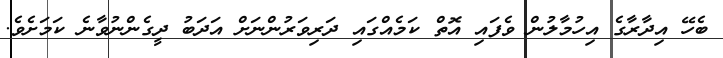
ބެހޭ އިދާރާގެ އިހުމާލުން ވެފައި އޮތް ކަމެއްގައި ދަރިވަރުންނަށް އަދަބު ދީގެންނުވާނެ ކަމަށެވެ.